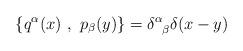
LaTeX: \begin{align*}\left\{ q^{\alpha}(x)~,~{p}_{\beta}(y)\right\}= \delta^{\alpha}_{\hphantom{\alpha}\beta} \delta (x-y)\end{align*}